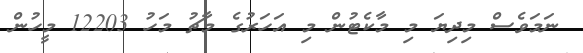
ނަމަވެސް މިދިޔަ މި މާކެޓުން މި އަހަރުގެ މާޗު މަހު 12203 މީހުން